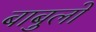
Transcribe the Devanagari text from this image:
बाबुलो